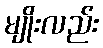
မျိုးလည်း